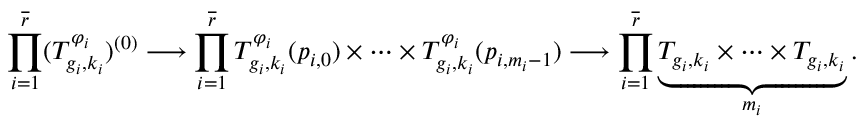
\prod _ { i = 1 } ^ { \overline { { r } } } ( T _ { g _ { i } , k _ { i } } ^ { \varphi _ { i } } ) ^ { ( 0 ) } \longrightarrow \prod _ { i = 1 } ^ { \overline { { r } } } T _ { g _ { i } , k _ { i } } ^ { \varphi _ { i } } ( p _ { i , 0 } ) \times \cdots \times T _ { g _ { i } , k _ { i } } ^ { \varphi _ { i } } ( p _ { i , m _ { i } - 1 } ) \longrightarrow \prod _ { i = 1 } ^ { \overline { { r } } } \underbrace { T _ { g _ { i } , k _ { i } } \times \cdots \times T _ { g _ { i } , k _ { i } } } _ { m _ { i } } .